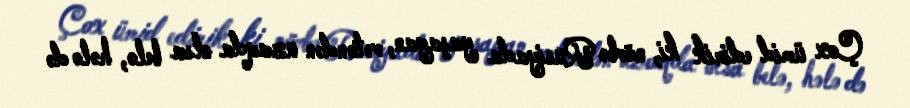
Çox ümid edirik ki, növbə Rusiyada yaşayan, vətəndən uzaqda olsa belə, hələ də